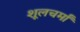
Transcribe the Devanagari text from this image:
शूलचर्मां